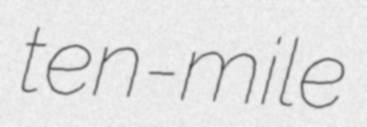
ten-mile